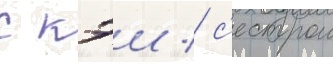
с кэи / с'естрои